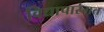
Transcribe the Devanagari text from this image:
विद्यापारंगत